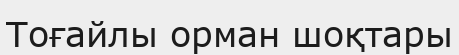
Тоғайлы орман шоқтары